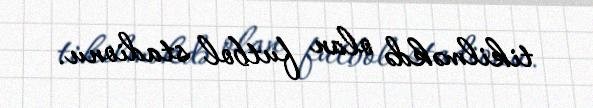
tikilməkdə olan futbol stadionu.